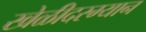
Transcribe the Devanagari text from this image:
खेळीदरम्यान